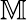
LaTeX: \mathbb{M}